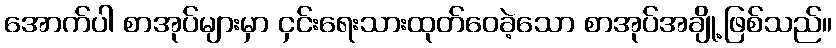
အောက်ပါ စာအုပ်များမှာ ငှင်းရေးသားထုတ်ဝေခဲ့သော စာအုပ်အချို့ဖြစ်သည်။